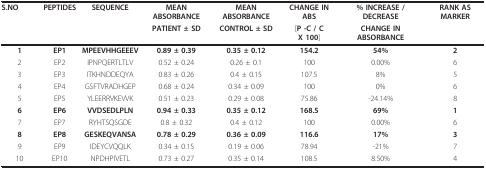
<table><thead><tr><td><b>S.NO</b></td><td><b>PEPTIDES</b></td><td><b>SEQUENCE</b></td><td><b>MEAN ABSORBANCE</b></td><td><b>MEAN ABSORBANCE</b></td><td><b>CHANGE IN ABS</b></td><td><b>% INCREASE / DECREASE</b></td><td><b>RANK AS MARKER</b></td></tr><tr><td></td><td></td><td></td><td><b>PATIENT ± SD</b></td><td><b>CONTROL ± SD</b></td><td><b>[P -C / C X 100]</b></td><td><b>CHANGE IN ABSORBANCE</b></td><td></td></tr></thead><tbody><tr><td><b>1</b></td><td><b>EP1</b></td><td><b>MPEEVHHGEEEV</b></td><td><b>0.89 ± 0.39</b></td><td><b>0.35 ± 0.12</b></td><td><b>154.2</b></td><td><b>54%</b></td><td><b>2</b></td></tr><tr><td>2</td><td>EP2</td><td>IPNPQERTLTLV</td><td>0.52 ± 0.24</td><td>0.26 ± 0.1</td><td>100</td><td>0.00%</td><td>6</td></tr><tr><td>3</td><td>EP3</td><td>ITKHNDDEQYA</td><td>0.83 ± 0.26</td><td>0.4 ± 0.15</td><td>107.5</td><td>8%</td><td>5</td></tr><tr><td>4</td><td>EP4</td><td>GSFTVRADHGEP</td><td>0.68 ± 0.24</td><td>0.34 ± 0.09</td><td>100</td><td>0%</td><td>6</td></tr><tr><td>5</td><td>EP5</td><td>YLEERRVKEVVK</td><td>0.51 ± 0.23</td><td>0.29 ± 0.08</td><td>75.86</td><td>-24.14%</td><td>8</td></tr><tr><td><b>6</b></td><td><b>EP6</b></td><td><b>VVDSEDLPLN</b></td><td><b>0.94 ± 0.33</b></td><td><b>0.35 ± 0.12</b></td><td><b>168.5</b></td><td><b>69%</b></td><td><b>1</b></td></tr><tr><td>7</td><td>EP7</td><td>RYHTSQSGDE</td><td>0.8 ± 0.32</td><td>0.4 ± 0.12</td><td>100</td><td>0.00%</td><td>6</td></tr><tr><td><b>8</b></td><td><b>EP8</b></td><td><b>GESKEQVANSA</b></td><td><b>0.78 ± 0.29</b></td><td><b>0.36 ± 0.09</b></td><td><b>116.6</b></td><td><b>17%</b></td><td><b>3</b></td></tr><tr><td>9</td><td>EP9</td><td>IDEYCVQQLK</td><td>0.34 ± 0.15</td><td>0.19 ± 0.06</td><td>78.94</td><td>-21%</td><td>7</td></tr><tr><td>10</td><td>EP10</td><td>NPDHPIVETL</td><td>0.73 ± 0.27</td><td>0.35 ± 0.14</td><td>108.5</td><td>8.50%</td><td>4</td></tr></tbody></table>